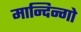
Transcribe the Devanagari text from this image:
मान्दिन्गो